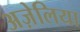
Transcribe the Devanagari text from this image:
अज़ेलिया